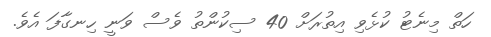
ހަތް މިނެޓު ކުޅެވި އިތުރަށް 40 ސިކުންތު ވެސް ވަނީ ހިނގާފަ އެވެ.